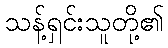
သန့်ရှင်းသူတို့၏